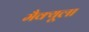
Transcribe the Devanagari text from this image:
मैक्‍यूला